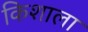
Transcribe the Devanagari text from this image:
किशाला